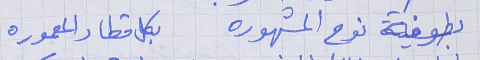
بطوفة نوح المشهوره بكل قطار المعموره